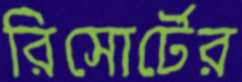
রিসোর্টের